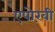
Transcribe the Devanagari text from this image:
एपोख़ी